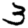
Digit: 3